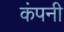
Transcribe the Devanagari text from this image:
कंपनी